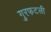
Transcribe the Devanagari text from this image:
गुरफटली